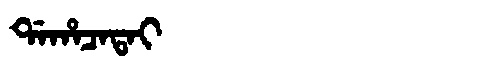
Manchu: ᡩᠠᡥᠠᠴᠠᡨᠠᡳ
Romanization: DAHACATAI